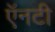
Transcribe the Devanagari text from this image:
ऍनटी